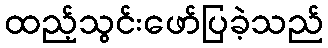
ထည့်သွင်းဖော်ပြခဲ့သည်